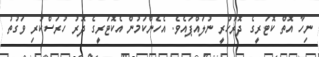
ނިހާ އޮތް ކޮޓަރީގެ ދޮރުހުރީ ނުލައްޕައެވެ. އެހެންކަމުން އެކޮޓަރީގެ ދޮރު ހުރަސްކުރި ވަގުތު